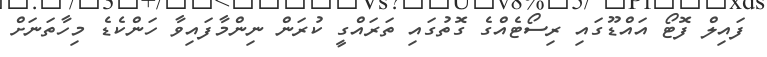
ފައިލް ފޮޓޯ އައްޑޫގައި ރިސޯޓެއްގެ ގޮތުގައި ތަރައްގީ ކުރަން ނިންމާފައިވާ ހަންކެޑެ މިހާތަނަށް